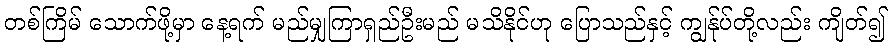
တစ်ကြိမ် သောက်ဖို့မှာ နေ့ရက် မည်မျှကြာရှည်ဦးမည် မသိနိုင်ဟု ပြောသည်နှင့် ကျွန်ုပ်တို့လည်း ကျိတ်၍